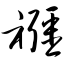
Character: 襁